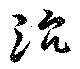
沈